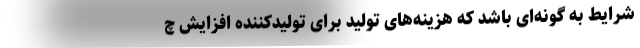
شرایط به گونه‌ای باشد که هزینه‌های تولید برای تولیدکننده افزایش چ